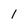
Character: 1